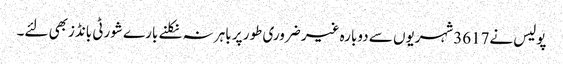
پولیس نے3617شہریوں سے دوبارہ غیر ضروری طور پر باہر نہ نکلنے بارے شورٹی بانڈزبھی لئے۔